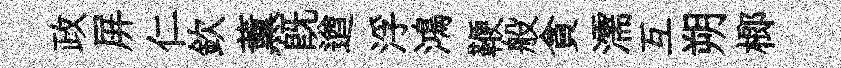
政屏仁欽薰既遒浮鴻鞭般貪濡互朔榔